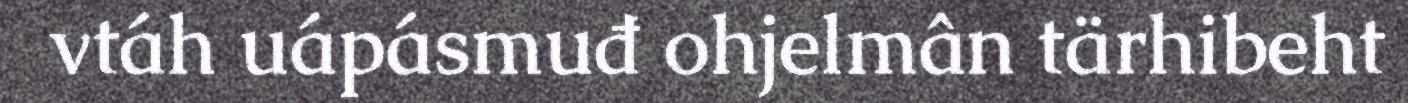
vtáh uápásmuđ ohjelmân tärhibeht